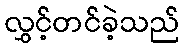
လွှင့်တင်ခဲ့သည်